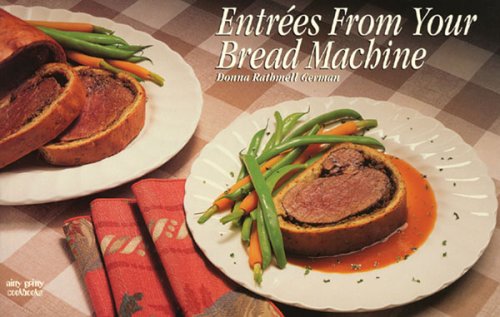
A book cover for Entrees from Your Bread Machine (Nitty Gritty Cookbooks); Donna R. German; Cookbooks, Food & Wine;